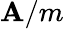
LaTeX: \mathbf{A}/m